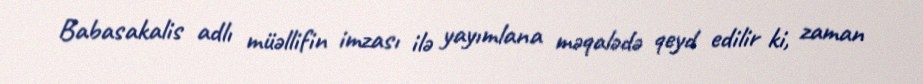
Babasakalis adlı müəllifin imzası ilə yayımlana məqalədə qeyd edilir ki, zaman